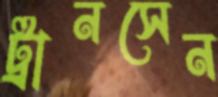
ট্রানসেন